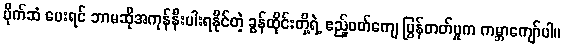
ပိုက်ဆံ ပေးရင် ဘာမဆိုအကုန်နီးပါးရနိုင်တဲ့ ခွန်ထိုင်းတို့ရဲ့ ဧည့်ဝတ်ကျေ ပြွန်တတ်မှုက ကမ္ဘာကျော်ပါ။